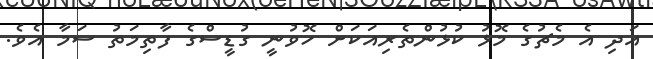
އަދި އެ މެޗުގެ މޮޅު ކުޅުންތެރިއަކަށް ހޮވުނީ ގުޑީސްގެ ފާތިމަތު ސަމާ އެވެ.